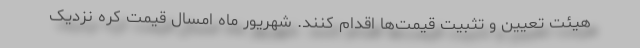
هیئت تعیین و تثبیت قیمت‌ها اقدام کنند. شهریور ماه امسال قیمت کره نزدیک